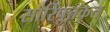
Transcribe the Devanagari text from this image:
सारिपुत्तकृत